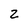
Character: 2